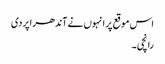
اس موقع پر انہوں نے آندھراپردی
رانچی ۔